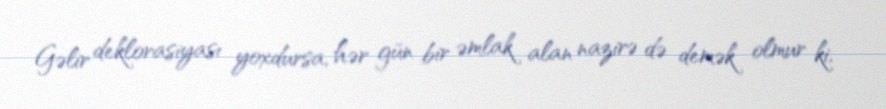
Gəlir deklorasiyası yoxdursa, hər gün bir əmlak alan nazirə də demək olmur ki,